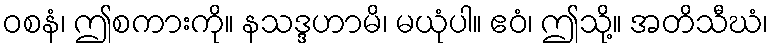
ဝစနံ၊ ဤစကားကို။ နသဒ္ဒဟာမိ၊ မယုံပါ။ ဧဝံ၊ ဤသို့။ အတိသီဃံ၊